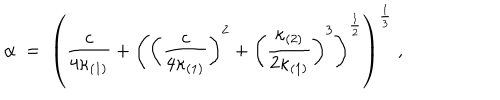
\alpha \ = \ \left( \frac { c } { 4 \kappa _ { ( 1 ) } } + \left( \left( \frac { c } { 4 \kappa _ { ( 1 ) } } \right) ^ { 2 } + \left( \frac { \kappa _ { ( 2 ) } } { 2 \kappa _ { ( 1 ) } } \right) ^ { 3 } \right) ^ { \frac { 1 } { 2 } } \right) ^ { \frac { 1 } { 3 } } \ ,